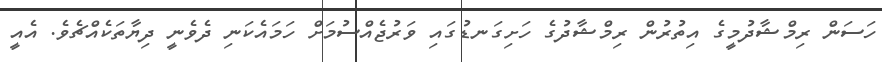
ހަސަން ރިމްޝާދުމީގެ އިތުރުން ރިމްޝާދުގެ ހަށިގަނޑުގައި ވަރުޖެއްސުމަށް ހަމައެކަނި ދެވެނީ ދިޔާތަކެއްޗެވެ. އެއީ